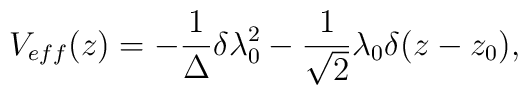
V_{eff}(z) = - \frac{1}{\Delta} \delta \lambda_{0}^{2}- \frac{1}{\sqrt{2}} \lambda_{0} \delta(z - z_{0}),